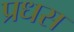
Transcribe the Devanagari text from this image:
प्रधस